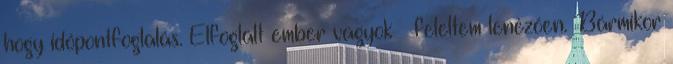
hogy időpontfoglalás. Elfoglalt ember vagyok – feleltem lenézően. Bármikor